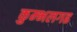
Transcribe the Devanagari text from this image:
कुम्‍भलगढ